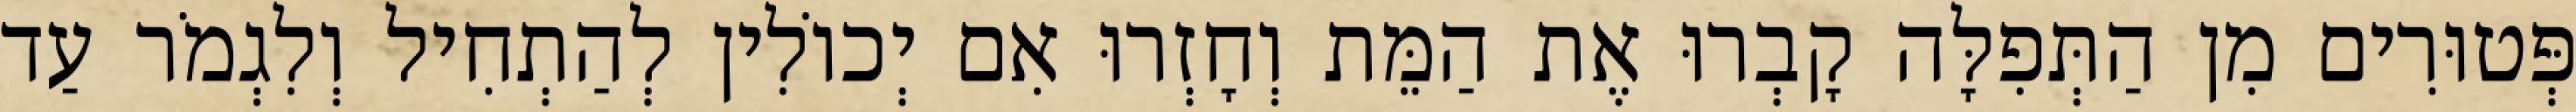
פְּטוּרִים מִן הַתְּפִלָּה קָבְרוּ אֶת הַמֵּת וְחָזְרוּ אִם יְכוֹלִין לְהַתְחִיל וְלִגְמֹר עַד